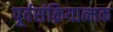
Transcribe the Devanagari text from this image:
पूर्वसंक्रियात्मक